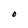
Character: O